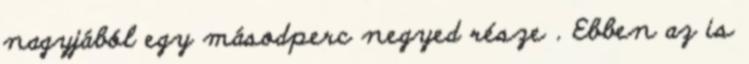
nagyjából egy másodperc negyed része . Ebben az is